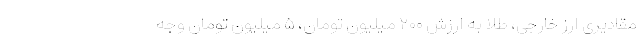
مقادیری ارز خارجی، طلا به ارزش ۲۰۰ میلیون تومان، ۵ میلیون تومان وجه